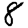
Digit: 8